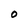
Character: O